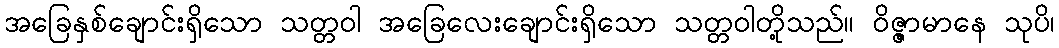
အခြေနှစ်ချောင်းရှိသော သတ္တဝါ အခြေလေးချောင်းရှိသော သတ္တဝါတို့သည်။ ဝိဇ္ဇာမာနေ သုပိ၊